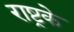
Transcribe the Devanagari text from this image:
राष्ट्रके